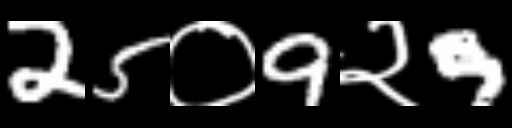
Text: 25०9२9